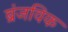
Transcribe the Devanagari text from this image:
ब्रंजविक